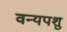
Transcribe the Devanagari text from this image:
वन्यपशु